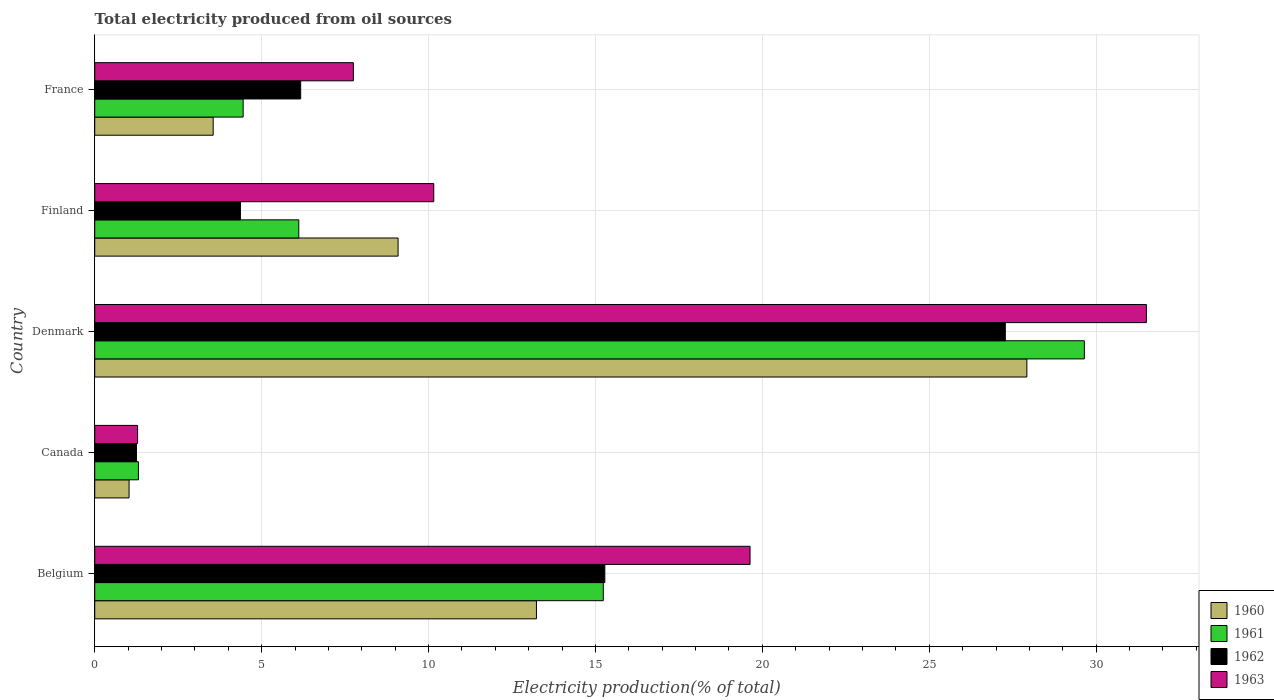
| Country | 1960 | 1961 | 1962 | 1963 |
 | --- | --- | --- | --- | --- |
 | Belgium | 13.2 | 15.2 | 15.3 | 19.6 |
 | Canada | 1.03 | 1.31 | 1.25 | 1.28 |
 | Denmark | 27.9 | 29.6 | 27.3 | 31.5 |
 | Finland | 9.09 | 6.11 | 4.36 | 10.2 |
 | France | 3.55 | 4.45 | 6.17 | 7.75 |